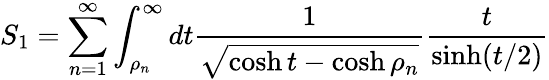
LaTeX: S_{1}=\sum_{n=1}^{\infty}\int_{\rho_{n}}^{\infty}dt\frac{1}{\sqrt{\cosh t-\cosh\rho_{n}}}\frac{t}{\sinh(t/2)}